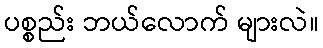
ပစ္စည်း ဘယ်လောက် များလဲ။